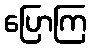
ပြောကြ